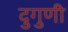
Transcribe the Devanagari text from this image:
दुगुणी